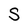
Character: S